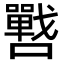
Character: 𭌓